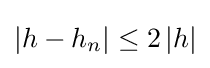
{\textstyle \left\vert h-h_{n}\right\vert \leq 2\left\vert h\right\vert }